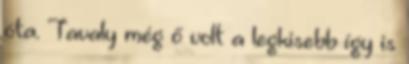
óta. Tavaly még ő volt a legkisebb így is